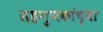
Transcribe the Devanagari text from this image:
सहगुणकांच्या